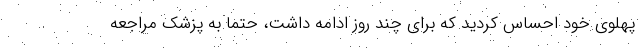
پهلوی خود احساس کردید که برای چند روز ادامه داشت، حتما به پزشک مراجعه